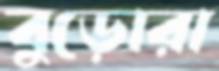
বুড়োরা